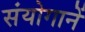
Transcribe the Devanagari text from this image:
संयोगानें